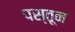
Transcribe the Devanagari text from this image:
पस्तून